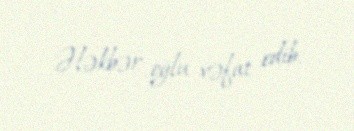
Ələkbər oğlu vəfat edib.